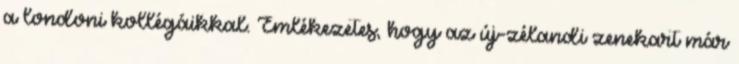
a londoni kollégáikkal. Emlékezetes, hogy az új-zélandi zenekart már